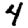
Digit: 4